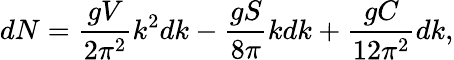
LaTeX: dN={\frac{gV}{2\pi^{2}}}k^{2}dk-{\frac{gS}{8\pi}}kdk+{\frac{gC}{12{\pi^{2}}}}dk,